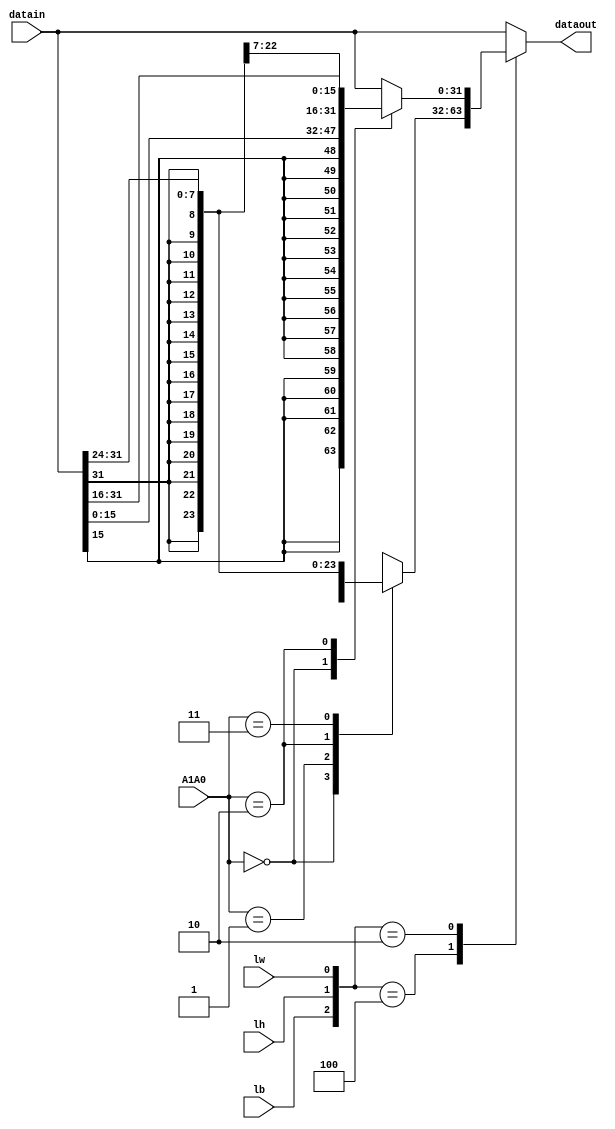
`timescale 1ns / 1ps
//////////////////////////////////////////////////////////////////////////////////
// Module Name: AlignedRead
// Project Name: Single Cycle Processor
//////////////////////////////////////////////////////////////////////////////////


module AlignedRead( 
       input [31:0] datain,
       input lb,lh,lw,
       input [1:0] A1A0,
       output reg [31:0] dataout);
       
       always @(*)
       case({lb,lh,lw})
        3'b100: case(A1A0)
                2'b00: dataout = {{24{datain[7]}},datain[7:0]};
                2'b01: dataout = {{24{datain[15]}},datain[15:8]};
                2'b10: dataout = {{24{datain[23]}},datain[23:16]};
                2'b11: dataout = {{24{datain[31]}},datain[31:24]};
                endcase
        3'b010: case(A1A0)
                2'b00: dataout = {{16{datain[15]}},datain[15:0]};
                2'b10: dataout = {{16{datain[31]}},datain[31:16]};
                default: dataout = datain;
                endcase
         3'b001: dataout = datain;
         default: dataout = datain;
                               
       endcase
endmodule